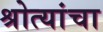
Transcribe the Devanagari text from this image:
श्रोत्यांचा